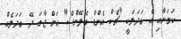
ކަމަށާއި އެ ބަދަލަކީ "ޗެކް އެންޑް ބެލޭންސް" އަށް ޖާގަ ދޭ ބަދަލެއް